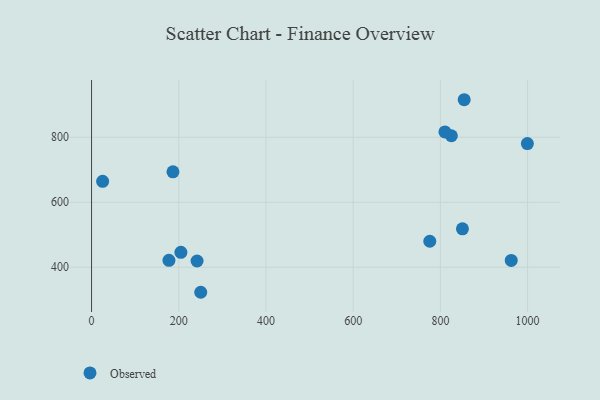
{"axis": {"x": "Investment", "y": "Profit"}, "legend": ["Observed"], "data": [{"x": "204.9", "y": 446.0, "type": "Observed"}, {"x": "854.6", "y": 915.5, "type": "Observed"}, {"x": "850.6", "y": 518.3, "type": "Observed"}, {"x": "25.4", "y": 664.3, "type": "Observed"}, {"x": "186.7", "y": 693.7, "type": "Observed"}, {"x": "999.5", "y": 780.5, "type": "Observed"}, {"x": "962.5", "y": 421.0, "type": "Observed"}, {"x": "250.4", "y": 322.9, "type": "Observed"}, {"x": "775.7", "y": 480.0, "type": "Observed"}, {"x": "177.5", "y": 421.2, "type": "Observed"}, {"x": "242.0", "y": 419.1, "type": "Observed"}, {"x": "825.2", "y": 804.7, "type": "Observed"}, {"x": "810.4", "y": 816.5, "type": "Observed"}]}